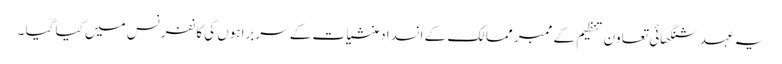
یہ عہد شنگھائی تعاون تنظیم کے ممبر ممالک کے انسداد منشیات کے سربراہوں کی کانفرنس میں کیا گیا ۔